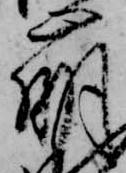
崩